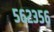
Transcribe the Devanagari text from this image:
५६२३५६